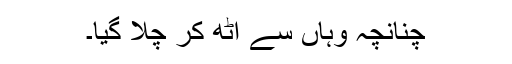
چنانچہ وہاں سے اُٹھ کر چلا گیا۔